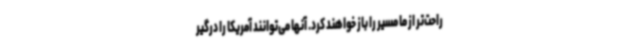
راحت‌تر از ما مسیر را باز خواهند کرد. آنها می‌توانند آمریکا را درگیر